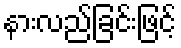
နားလည်ခြင်းဖြင့်